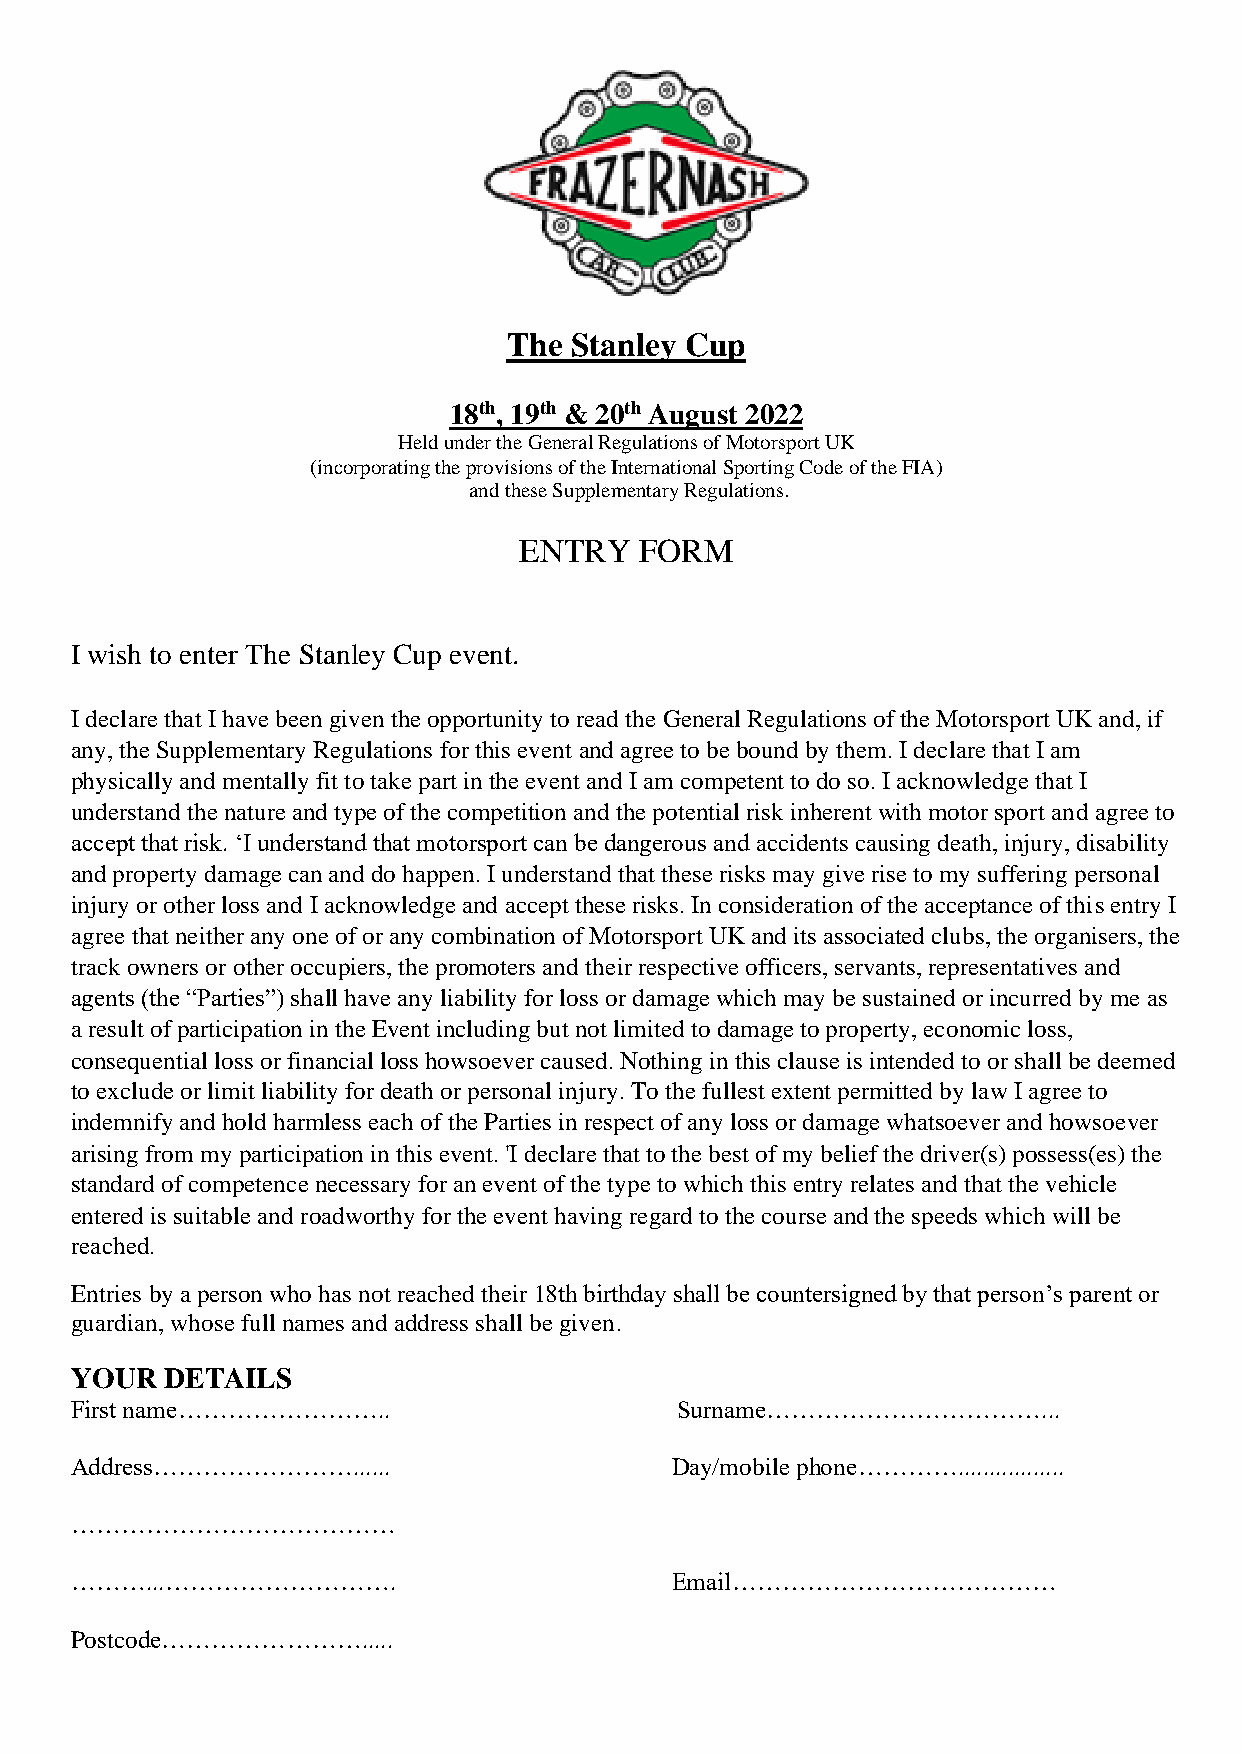
The Stanley Cup
 18th, 19th & 20th August 2022
 Held under the General Regulations of Motorsport UK
 (incorporating the provisions of the International Sporting Code of the FIA)
 and these Supplementary Regulations.
 ENTRY   FORM
 I wish to enter The Stanley Cup event.
 I declare that I have been given the opportunity to read the General Regulations of the Motorsport UK and, if
 any, the Supplementary Regulations for this event and agree to be bound by them. I declare that I am
 physically and mentally fit to take part in the event and I am competent to do so. I acknowledge that I
 understand the nature and type of the competition and the potential risk inherent with motor sport and agree to
 accept that risk. ‘I understand that motorsport can be dangerous and accidents causing death, injury, disability
 and property damage can and do happen. I understand that these risks may give rise to my suffering personal
 injury or other loss and I acknowledge and accept these risks. In consideration of the acceptance of this entry I
 agree that neither any one of or any combination of Motorsport UK and its associated clubs, the organisers, the
 track owners or other occupiers, the promoters and their respective officers, servants, representatives and
 agents (the “Parties”) shall have any liability for loss or damage which may be sustained or incurred by me as
 a result of participation in the Event including but not limited to damage to property, economic loss,
 consequential loss or financial loss howsoever caused. Nothing in this clause is intended to or shall be deemed
 to exclude or limit liability for death or personal injury. To the fullest extent permitted by law I agree to
 indemnify and hold harmless each of the Parties in respect of any loss or damage whatsoever and howsoever
 arising from my participation in this event. 'I declare that to the best of my belief the driver(s) possess(es) the
 standard of competence necessary for an event of the type to which this entry relates and that the vehicle
 entered is suitable and roadworthy for the event having regard to the course and the speeds which will be
 reached.
 Entries by a person who has not reached their 18th birthday shall be countersigned by that person’s parent or
 guardian, whose full names and address shall be given.
 YOUR  DETAILS
 First name……………………..                    Surname……………………………...
 Address……………………......                  Day/mobile phone………….................
 …………………………………
 ………...……………………….                       Email…………………………………
 Postcode…………………….....